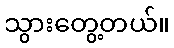
သွားတွေ့တယ်။